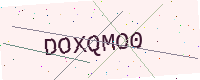
Text: DOXQMO0